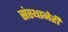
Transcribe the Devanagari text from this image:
संस्थानेही